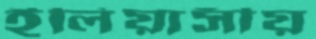
ইলিয়াসীয়